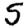
Digit: 5